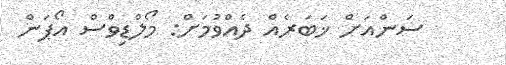
ސަންއަށް ޚަބަރެއް ދެއްވުމަށް: މޯލްޑިވްސް އޯޕަން